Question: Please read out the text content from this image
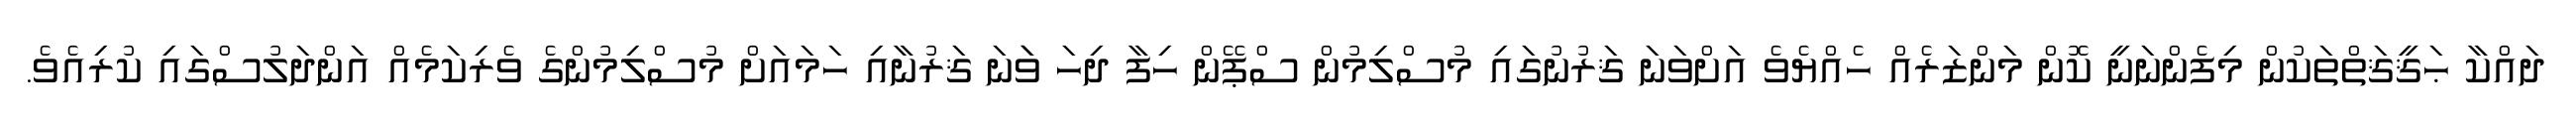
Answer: ދައްކާ ޙަޤީޤަތްތަކުން މިފެންނަނީ ކޮން މަންޒަރެއް ހެއްޔެވެ އަށްވަނަ ޤަރުނުގައި މުސްލިމުން ސްޕޭން ހިފާ ދިހަ ވަަނަ ޤަރުނާއި ހަމައަށް މުސްލިމުންގެ ވެރިކަމެއް އަންދަލުސްގައި ކުރިއެވެ.